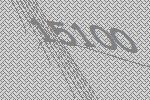
15100